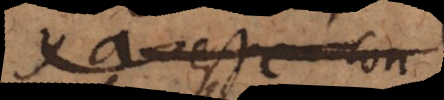
ya esse con